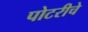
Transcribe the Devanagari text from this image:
पोटरीचे